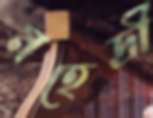
মহেদ্রী